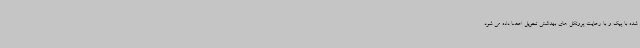
شده با پیک و ‌با رعایت پروتکل های بهداشتی تحویل اعضا داده می شود.